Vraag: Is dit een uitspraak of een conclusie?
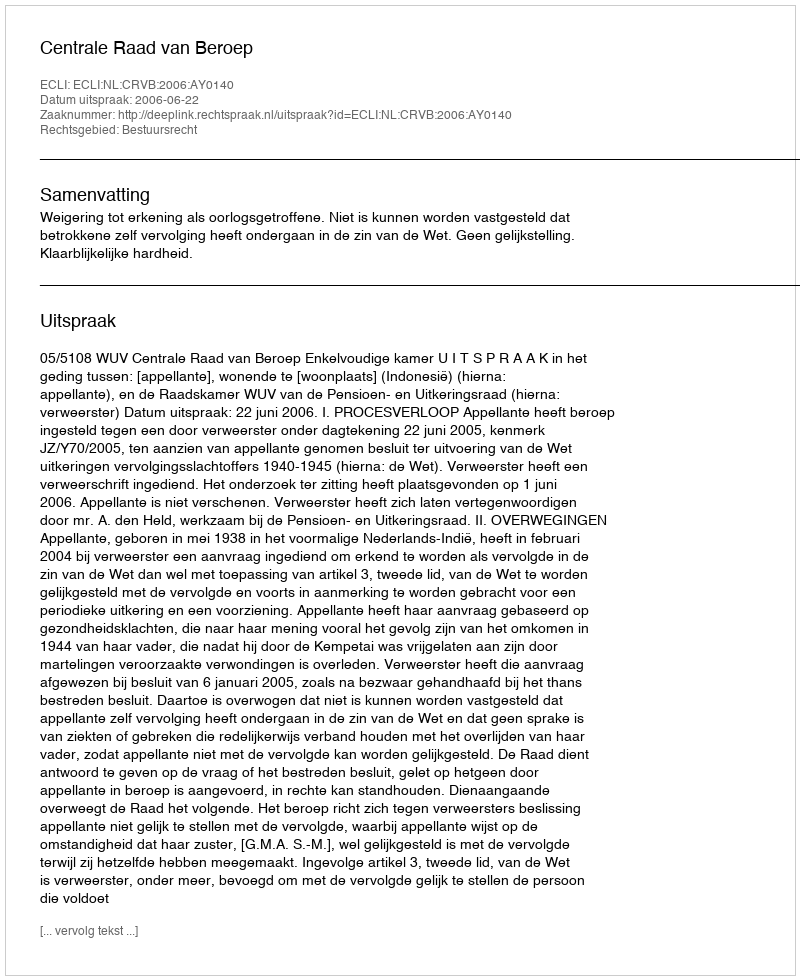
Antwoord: Uitspraak